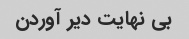
بی نهایت دیر آوردن